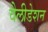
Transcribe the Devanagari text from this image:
वैलीडेशन